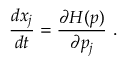
\frac { d x _ { j } } { d t } = \frac { \partial H ( p ) } { \partial p _ { j } } ~ .